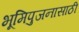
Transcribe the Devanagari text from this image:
भूमिपुजनासाठी